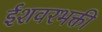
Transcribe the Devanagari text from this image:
ईशवरभक्ती